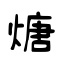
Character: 煻